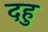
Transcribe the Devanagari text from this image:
दहु